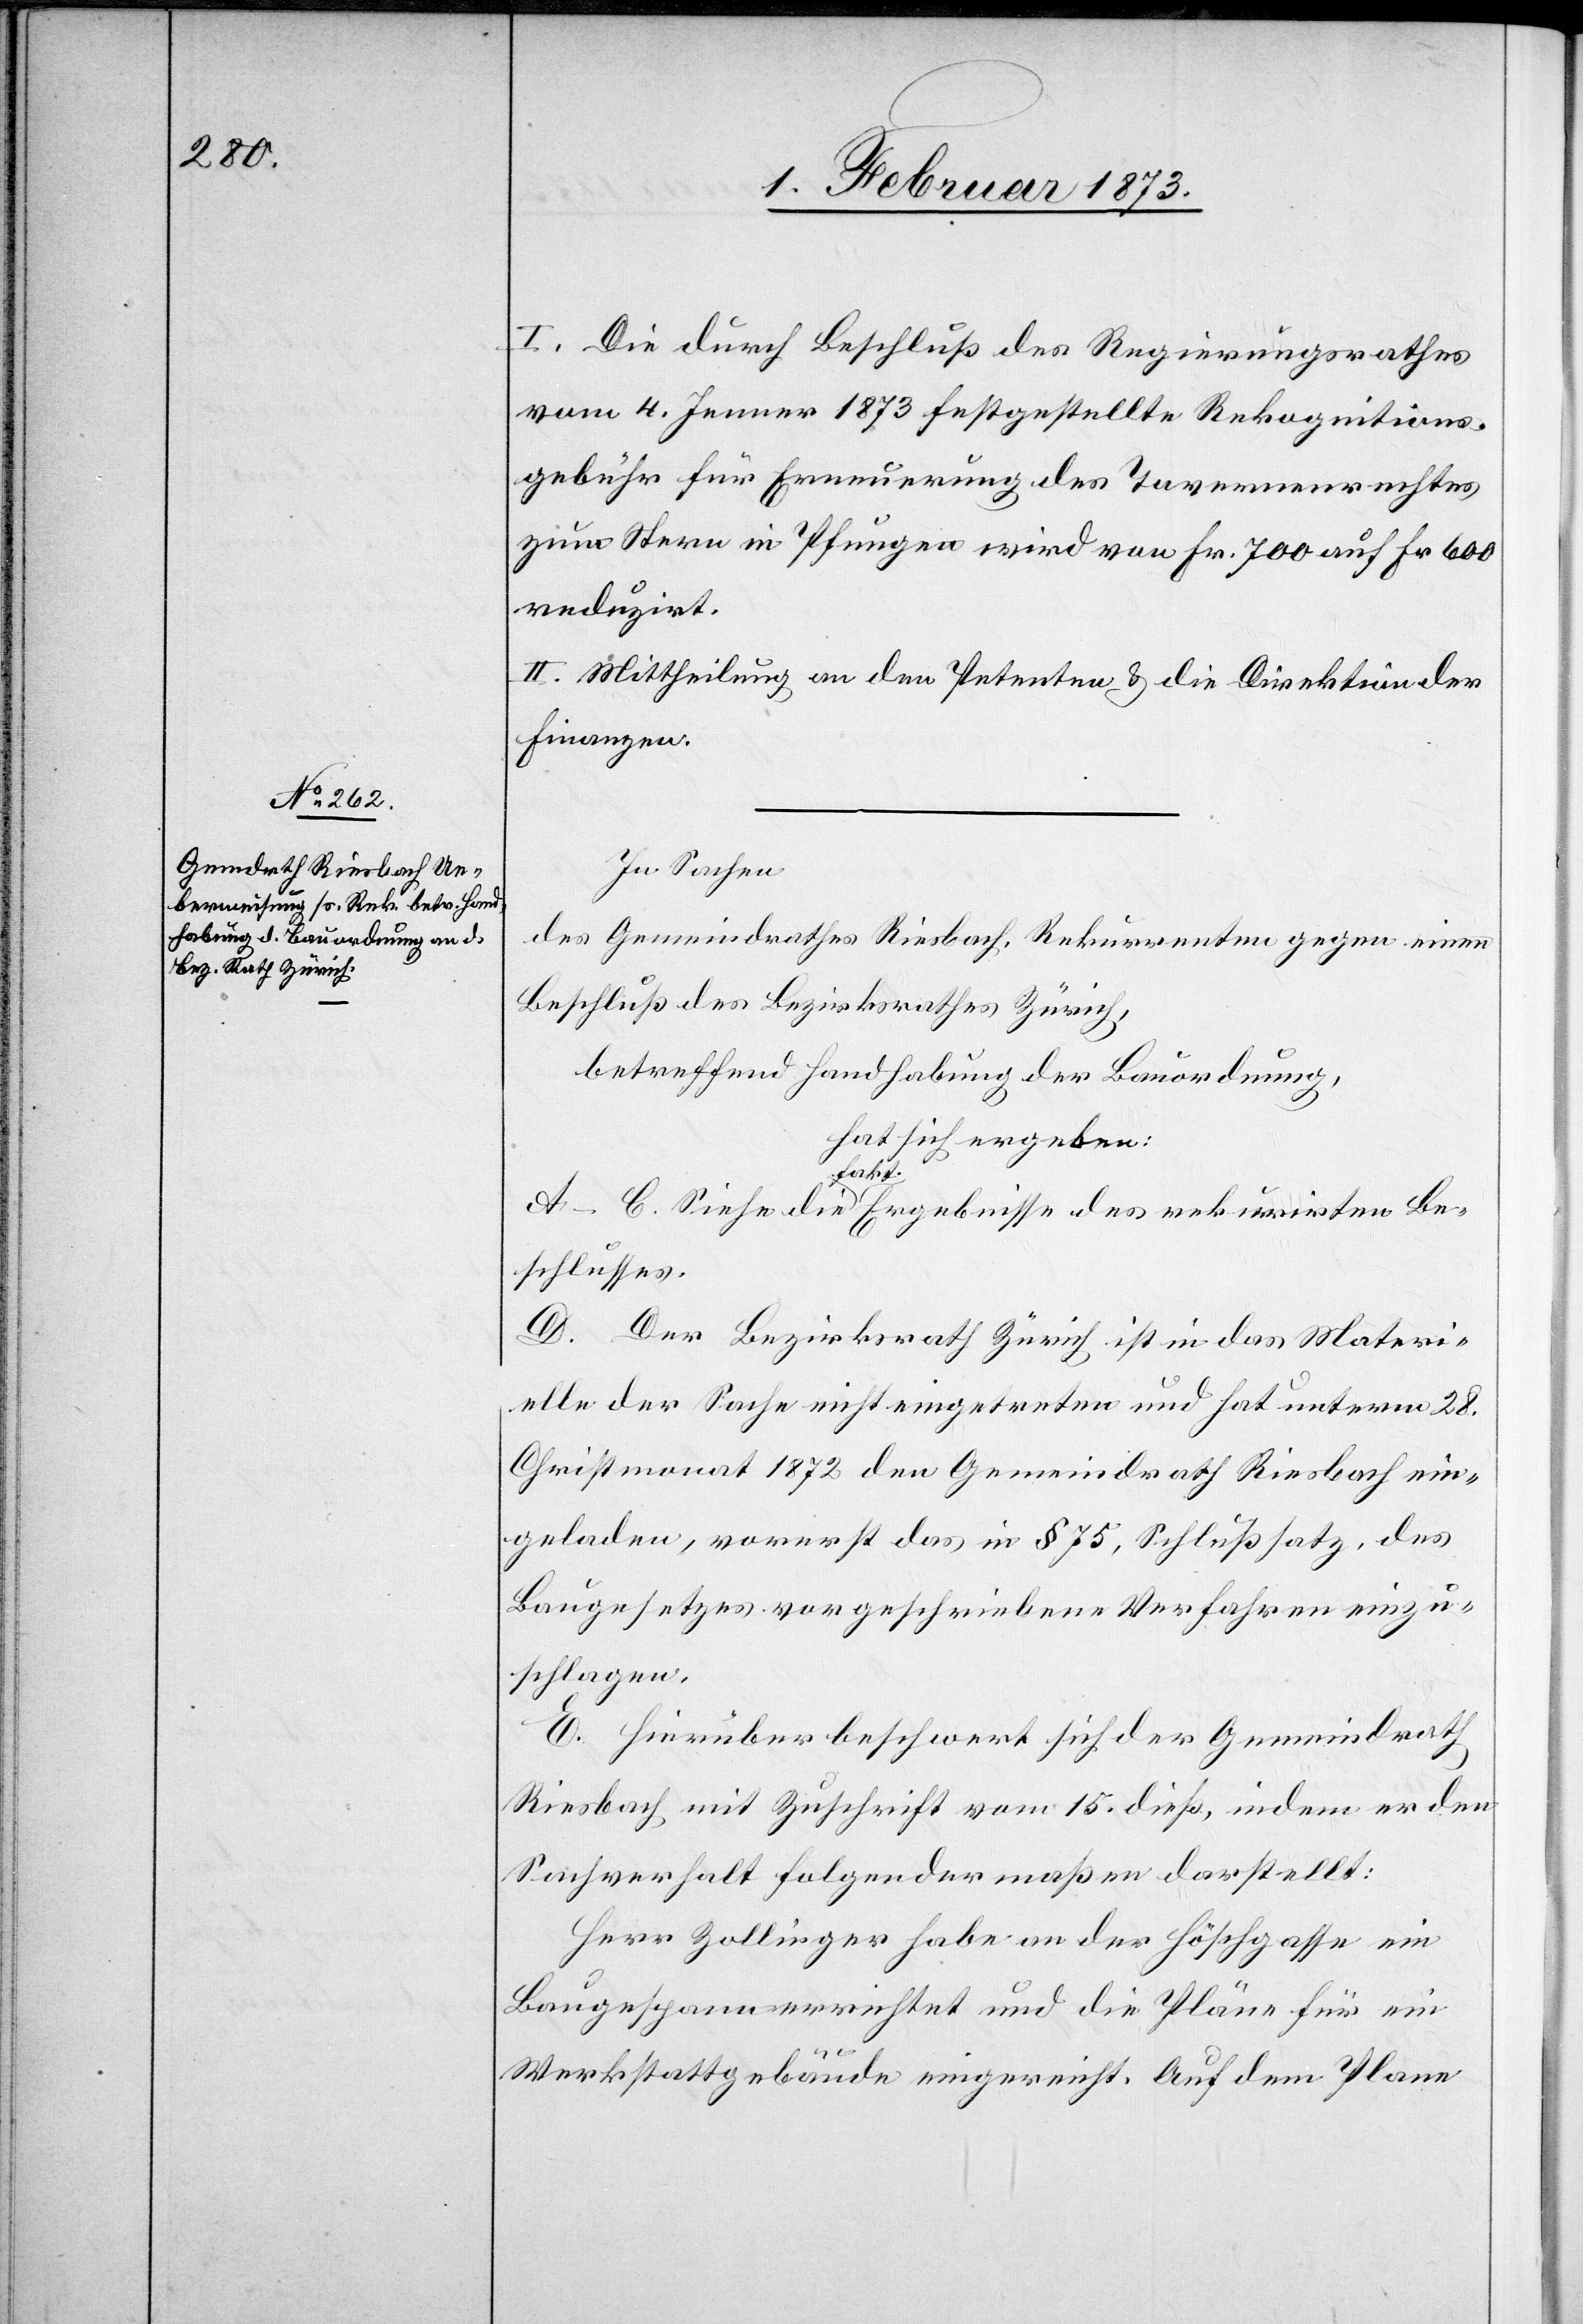
I. Die durch Beschluß des Regierungsrathes
vom 4. Jenner 1873 festgestellte Rekognitions¬
gebühr für Erneuerung des Tavernenrechtes
zum Stern in Pfungen wird von Fr. 700 auf Fr. 600
reduzirt.
II. Mittheilung an den Petenten u. die Direktion der
Finanzen.
In Sachen
des Gemeindrathes Riesbach, Rekurrenten gegen einen
Beschluß des Bezirksrathes Zürich,
betreffend Handhabung der Bauordnung,
hat sich ergeben:
rirten
Beschlusses.
D. Der Bezirksrath Zürich ist in das Materi¬
elle der Sache nicht eingetreten und hat unterm 28.
Christmonat 1872 den Gemeindrath Riesbach ein¬
geladen, vorerst das in § 75, Schlußsatz des
Baugesetzes vorgeschriebene Verfahren einzu¬
schlagen.
E. Hierüber beschwert sich der Gemeindrath
Riesbach mit Zuschrift vom 15. dieß, indem er den
Sachverhalt folgendermaßen darstellt:
Herr Zollinger habe an der Höschgasse ein
Baugespann errichtet und die Pläne für ein
Werkstattgebäude eingerichtet. Auf dem Plane